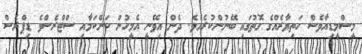
މީސްމީޑިއާވެސް ހަތިޔާރެއްގެ ގޮތުގައި ބޭނުންކުރެއެވެ. ދެން އިވޭނީ އެމީހުން ކަންކަމާއި ސްޓްރެސްވެ ޑިޕްރެސް